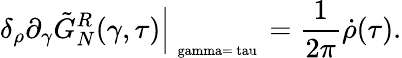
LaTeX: {\delta_{\rho}}{\partial_{\gamma}}{\tilde{G}_{N}^{R}}(\gamma,\tau){\Big|_{\mathrm{\scriptsize~\ gamma=\ tau~}}}={\frac{1}{2\pi}}\dot{\rho}(\tau).